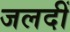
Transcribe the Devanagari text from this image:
जलदीं